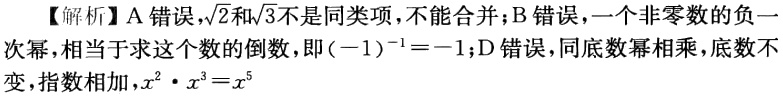
【解析】A错误，$\sqrt{2}$和$\sqrt{3}$不是同类项，不能合并；B错误，一个非零数的负一次幂，相当于求这个数的倒数，即$(-1)^{-1}=-1$；D错误，同底数幂相乘，底数不变，指数相加，$x^{2}\cdot x^{3}=x^{5}$